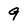
Character: 9